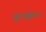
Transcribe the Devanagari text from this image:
कुटक्काट